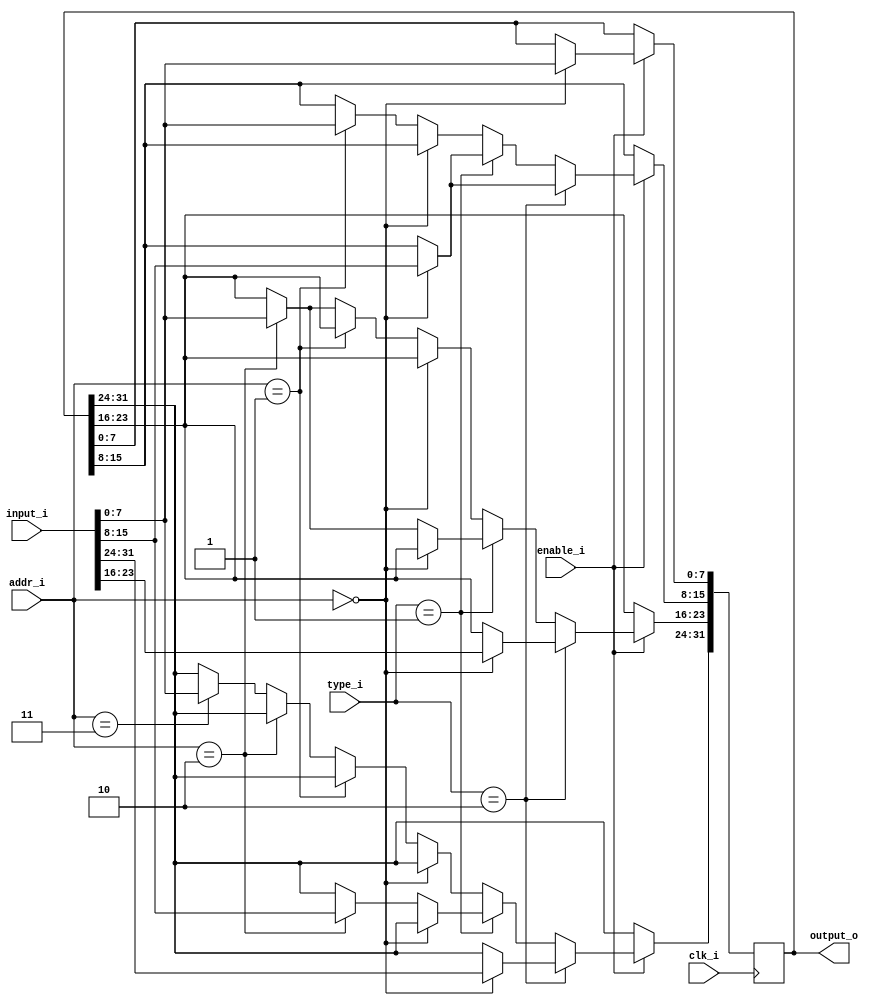
module Data_Memory_Cell(
	input clk_i,
	input enable_i,
	input [1:0] type_i,
	input [1:0] addr_i,
	input [31:0] input_i,
	output reg [31:0] output_o
	
);
	always@(posedge clk_i)begin
		if (enable_i) begin
			if(type_i==2) begin
				if(addr_i==0)
					output_o <= input_i;
			end
			else if(type_i==1) begin
				if(addr_i==0)
					output_o[15:0] <= input_i[15:0];
				else if(addr_i==2)
					output_o[31:16] <= input_i[15:0];
			end
			else begin
				if(addr_i==0)
					output_o[7:0] <= input_i[7:0];
				else if(addr_i==1)
					output_o[15:8] <= input_i[7:0];
				else if(addr_i==2)
					output_o[23:16] <= input_i[7:0];
				else if(addr_i==3)
					output_o[31:24] <= input_i[7:0];
			end
		end
	end
endmodule